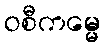
ဝစီကမ္မေ